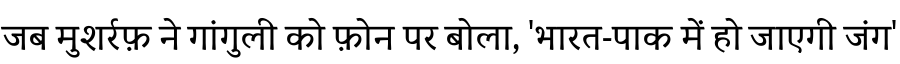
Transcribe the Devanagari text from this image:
जब मुशर्रफ़ ने गांगुली को फ़ोन पर बोला, 'भारत-पाक में हो जाएगी जंग'